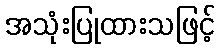
အသုံးပြုထားသဖြင့်